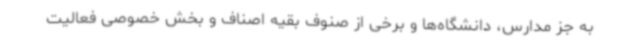
به جز مدارس، دانشگاه‌ها و برخی از صنوف بقیه اصناف و بخش خصوصی فعالیت